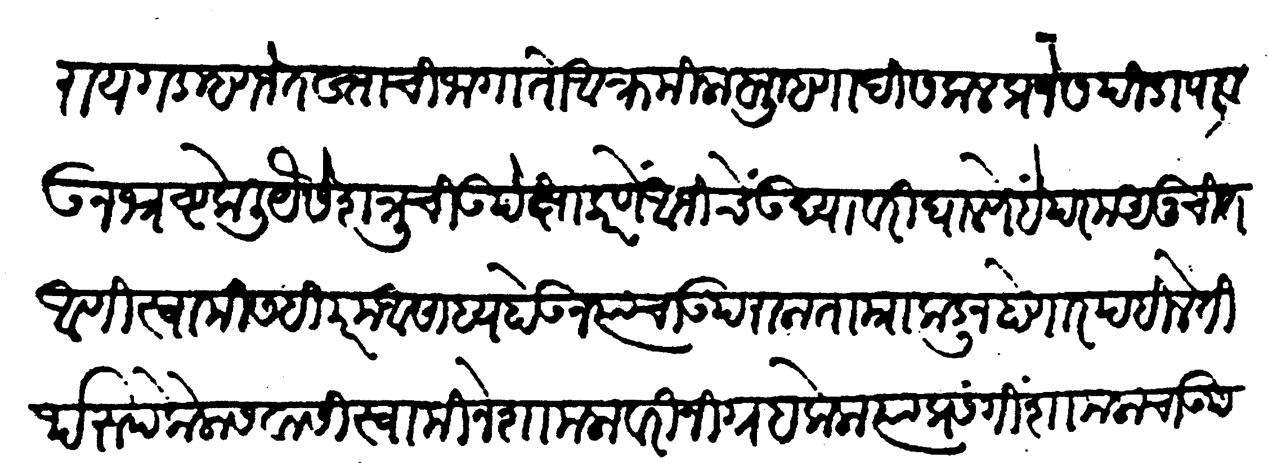
Transliteration (Devanagari): रायगड म्हणजे तख्ताची जागा तो आक्रमिला ब्राह्मणादि सकल प्रजेस पीडा पावऊन भ्रष्ट केली यैसे शत्रूची उपेक्षा करणें आजीचें उद्यावरी घालणें हें परम अनुचित आणि स्वामीसही परमअसाध्य होऊन त्याचा उपराला ताम्राकडून होणार पहिले तीर्थरूप कैलासवासी स्वामीने शामलावरी निग्रह केला त्या प्रसंगी शामलाचा उपराला